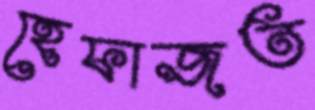
হেফাজত